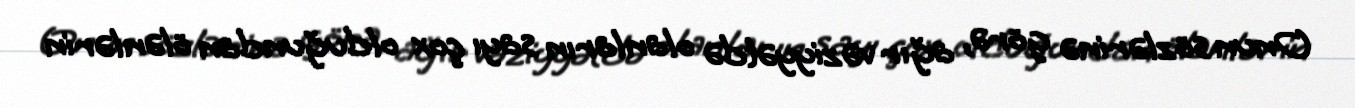
Onun sözlərinə görə, ağır vəziyyətdə olanların sayı çox olduğundan ölənlərin